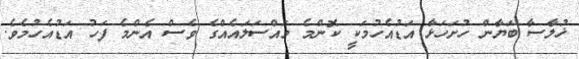
ޚުލާސާ ބަޔާން ހުށަހަޅާ އަޑުއެހުމަކީ ކޮންމެ މައްސަލައެއްގެ ވެސް އެންމެ ފަހު އަޑުއެހުމެވެ.